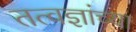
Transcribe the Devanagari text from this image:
तत्वज्ञांच्या